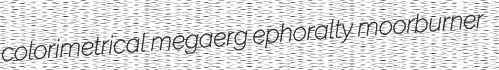
colorimetrical megaerg ephoralty moorburner